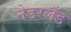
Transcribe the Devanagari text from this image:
नेडरलँड